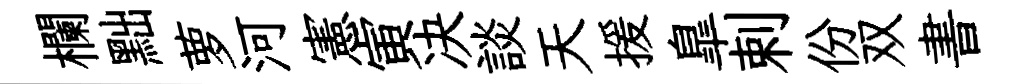
欄黜萝河憲寅决談天援臯剌份双書